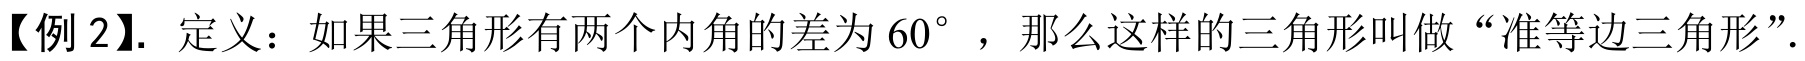
【例 2】. 定义：如果三角形有两个内角的差为\(60^{\circ}\) ，那么这样的三角形叫做“准等边三角形”.